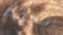
التحفظ